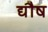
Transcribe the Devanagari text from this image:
द्यौष